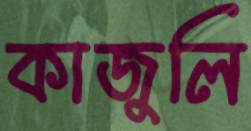
কাজুলি